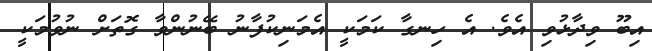
އިބޫ ވިދާޅުވި އެވެ. އެ ހިނގާ ކަމަކީ އެމަނިކުފާނު ބޭނުންވާ ގޮތަށް ނުވުމަކީ